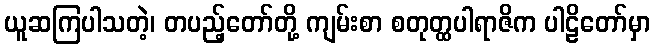
ယူဆကြပါသတဲ့၊ တပည့်တော်တို့ ကျမ်းစာ စတုတ္ထပါရာဇိက ပါဠိတော်မှာ